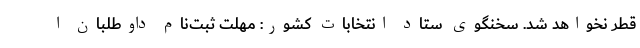
قطر نخواهد شد. سخنگوی ستاد انتخابات کشور: مهلت ثبت‌نام داوطلبان ا